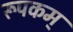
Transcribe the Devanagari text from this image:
रूपकम्